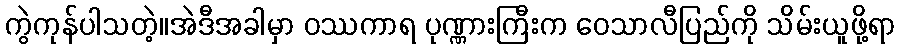
ကွဲကုန်ပါသတဲ့။အဲဒီအခါမှာ ဝဿကာရ ပုဏ္ဏားကြီးက ဝေသာလီပြည်ကို သိမ်းယူဖို့ရာ